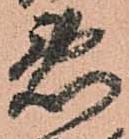
悪